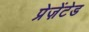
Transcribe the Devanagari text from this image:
प्रेज़ेंटेड